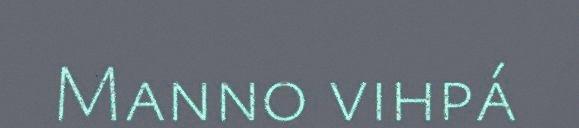
Manno vihpá